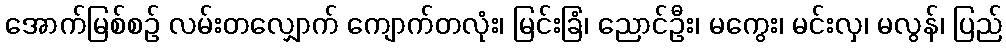
အောက်မြစ်စဉ် လမ်းတလျှောက် ကျောက်တလုံး၊ မြင်းခြံ၊ ညောင်ဦး၊ မကွေး၊ မင်းလှ၊ မလွန်၊ ပြည်